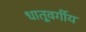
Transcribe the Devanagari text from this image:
धातूवर्गीय